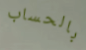
بالحساب